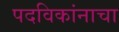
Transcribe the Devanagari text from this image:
पदविकांनाचा